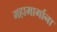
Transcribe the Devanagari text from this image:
महामार्गाना